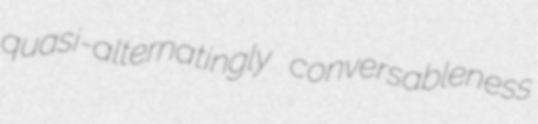
quasi-alternatingly conversableness